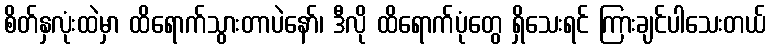
စိတ်နှလုံးထဲမှာ ထိရောက်သွားတာပဲနော်၊ ဒီလို ထိရောက်ပုံတွေ ရှိသေးရင် ကြားချင်ပါသေးတယ်